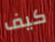
كيف